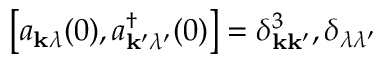
\left[ a _ { \mathbf { k } \lambda } ( 0 ) , a _ { \mathbf { k ^ { \prime } } \lambda ^ { \prime } } ^ { \dagger } ( 0 ) \right] = \delta _ { \mathbf { k k ^ { \prime } } } ^ { 3 } , \delta _ { \lambda \lambda ^ { \prime } }